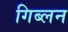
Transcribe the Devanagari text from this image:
गिब्लन